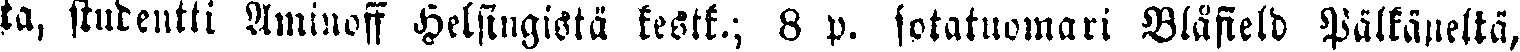
ta, studeutti Aminoff Helsingistä kestk.; 8 p. sotatuomari Blafield Pälkäneltä,